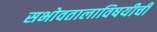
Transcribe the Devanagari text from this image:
सभोवतालाविषयीची